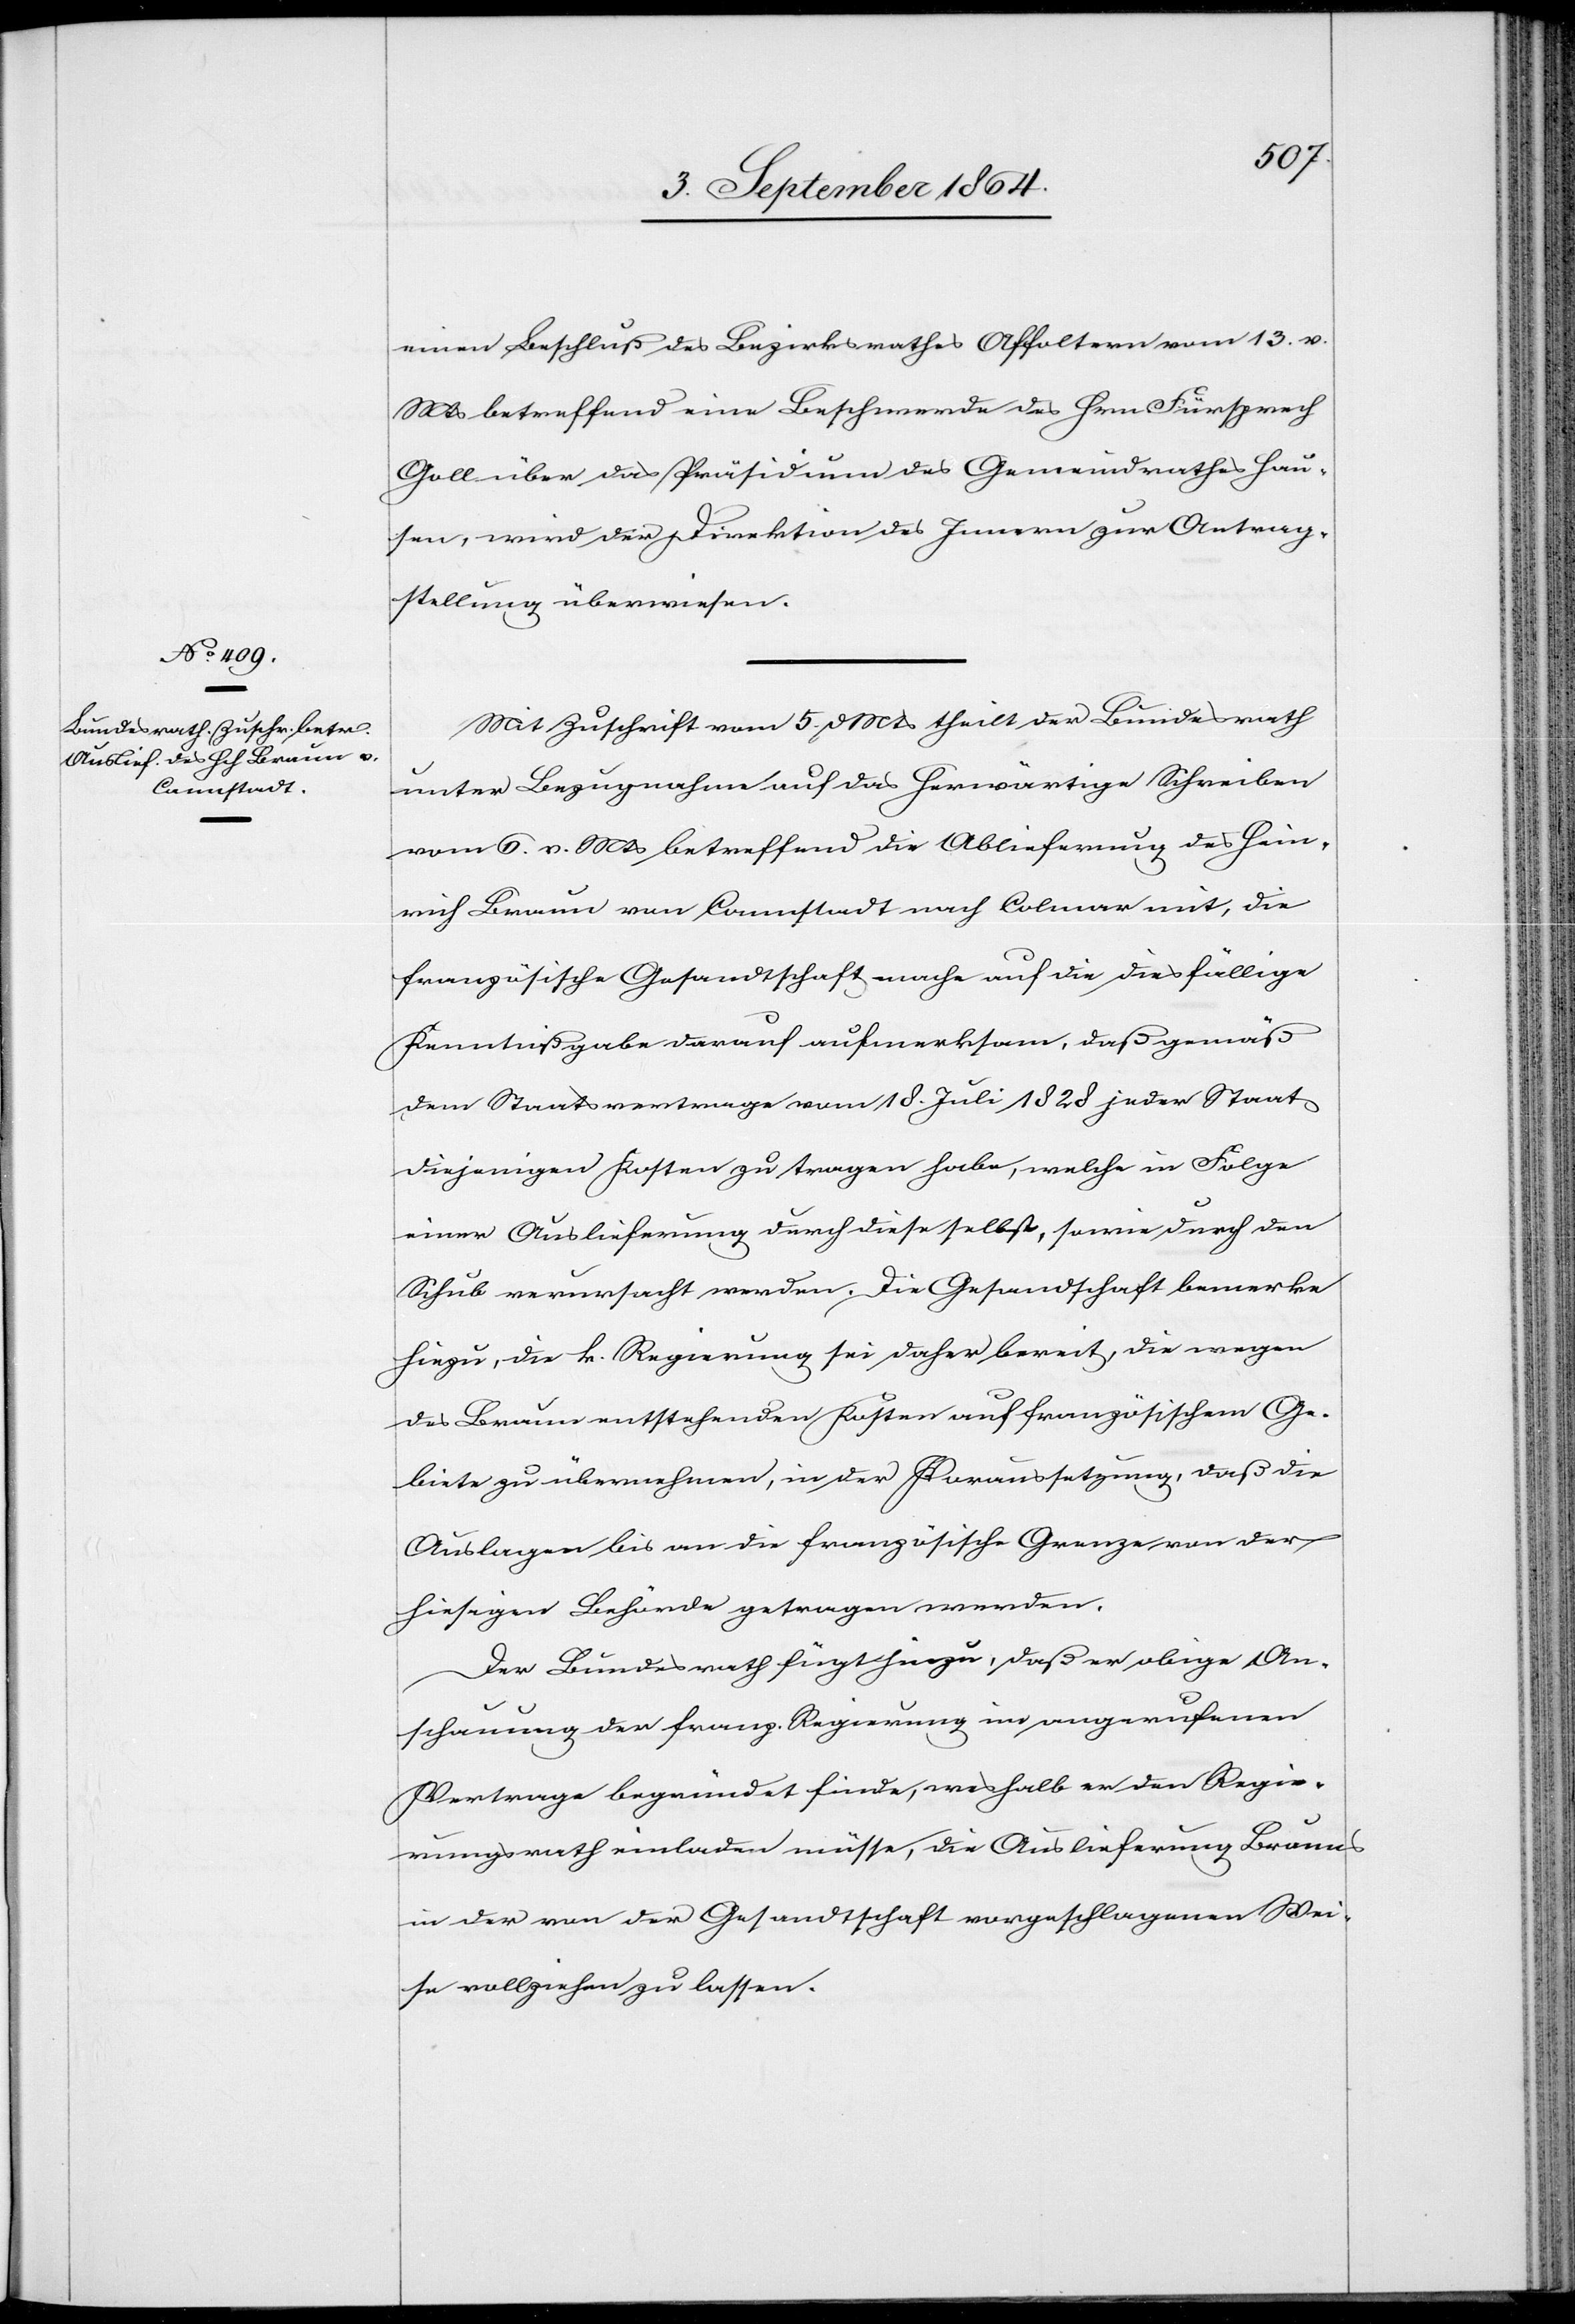
7. September 1864.]
einen Beschluß des Bezirksrathes Affoltern vom 13. v.
Mts betreffend eine Beschwerde des Hrn. Fürsprech
Goll über das Präsidium des Gemeindrathes Hau¬
sen, wird der Direktion des Innern zur Antrag¬
stellung überwiesen.
Mit Zuschrift vom 5. d. Mts theilt der Bundesrath
unter Bezugnahme auf das herwärtige Schreiben
vom 6. v. Mts betreffend die Auslieferung des Hein¬
rich Braun von Cannstadt nach Colmar mit; die
französische Gesandtschaft mache auf die diesfällige
Kenntnißgabe darauf aufmerksam, daß gemäß
dem Staatsvertrage vom 18. Juli 1828 jeder Staat
diejenigen Kosten zu tragen habe, welche in Folge
einer Auslieferung durch diese selbst, sowie durch den
Schub verursacht werden. Die Gesandtschaft bemerke
hiezu, die k. Regierung sei daher bereit, die wegen
des Braun entstehenden Kosten auf französischem Ge¬
biete zu übernehmen, in der Voraussetzung, daß die
Auslagen bis an die französische Grenze von der
hiesigen Behörde getragen werden.
Der Bundesrath fügt hinzu, daß er obige An¬
schauung der franz. Regierung im angerufenen
Vertrage begründet finde, weshalb er den Regie¬
rungsrath einladen müsse, die Auslieferung Brauns
in der von der Gesandtschaft vorgeschlagenen Wei¬
se vollziehen zu lassen.